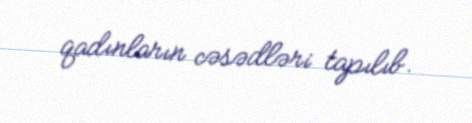
qadınların cəsədləri tapılıb.